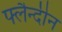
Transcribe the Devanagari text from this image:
फ्लैन्दीन